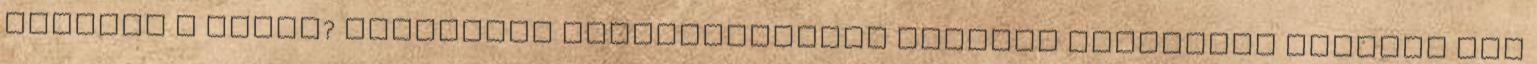
hajszín a sötét? Kaukázusi arcberendezése alapján valódinak ítéltem meg